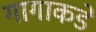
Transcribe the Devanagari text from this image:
गागाकडे